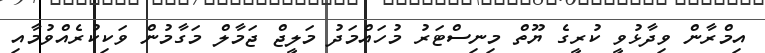
އިމްރާން ވިދާޅުވީ ކުރީގެ ޔޫތް މިނިސްޓަރު މުހައްމަދު މަލީޖް ޖަމާލް މަގާމުން ވަކިކުރެއްވުމާއި